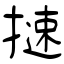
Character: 𢳪